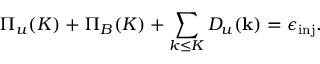
\Pi _ { u } ( K ) + \Pi _ { B } ( K ) + \sum _ { k \le K } D _ { u } ( { \bf k } ) = \epsilon _ { \mathrm { i n j } } .